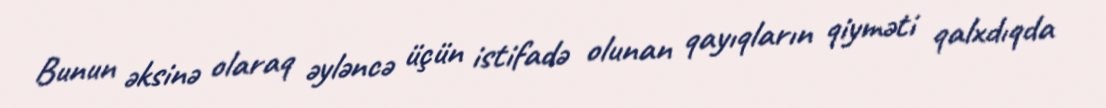
Bunun əksinə olaraq əyləncə üçün istifadə olunan qayıqların qiyməti qalxdıqda